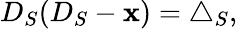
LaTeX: D_{S}(D_{S}-\mathbf{x})=\triangle_{S},